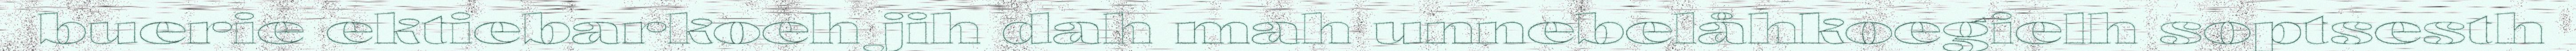
buerie ektiebarkoeh jih dah mah unnebelåhkoegielh soptsesth